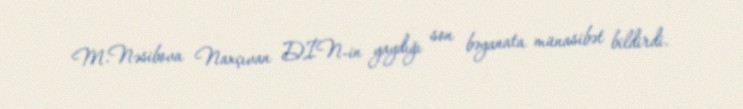
M.Nəsibova Naxçıvan DİN-in yaydığı son bəyanata münasibət bildirdi.